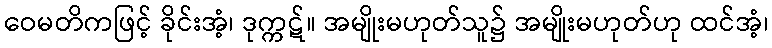
ဝေမတိကဖြင့် ခိုင်းအံ့၊ ဒုက္ကဋ်။ အမျိုးမဟုတ်သူ၌ အမျိုးမဟုတ်ဟု ထင်အံ့၊